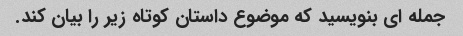
جمله ای بنویسید که موضوع داستان کوتاه زیر را بیان کند.